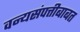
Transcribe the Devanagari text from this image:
वन्यसंपत्तीबाबत